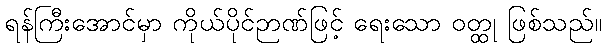
ရန်ကြီးအောင်မှာ ကိုယ်ပိုင်ဉာဏ်ဖြင့် ရေးသော ဝတ္ထု ဖြစ်သည်။